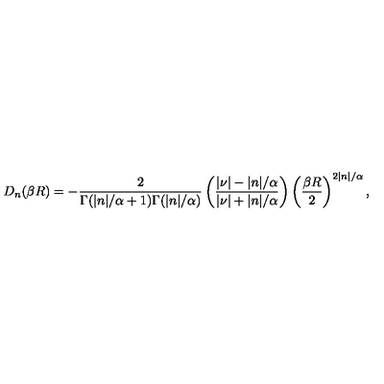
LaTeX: D _ { n } ( \beta R ) = - \frac 2 { \Gamma ( | n | / \alpha + 1 ) \Gamma ( | n | / \alpha ) } \left( \frac { | \nu | - | n | / \alpha } { | \nu | + | n | / \alpha } \right) \left( \frac { \beta R } { 2 } \right) ^ { 2 | n | / \alpha } ,